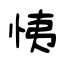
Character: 恞